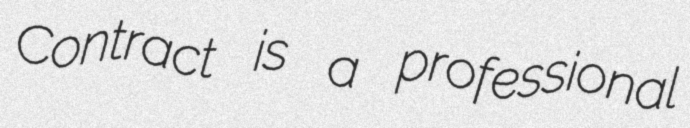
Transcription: Contract is a professional